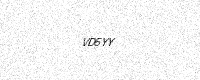
Text: VD5YY